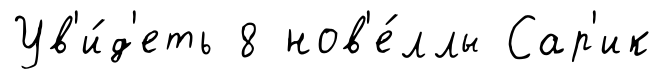
Ув'и́д'еть 8 нов'е́ллы Сар'ик